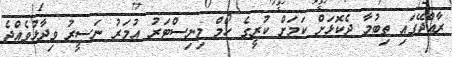
ރާއްޖޭގައި ތިބުމާ ދެކޮޅަށް ކަމަށް ކުރީގެ ހޯމް މިނިސްޓަރު އުމަރު ނަސީރު ވިދާޅުވެއްޖެ